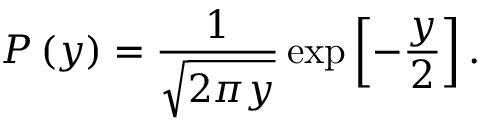
P \left( y \right) = \frac { 1 } { \sqrt { 2 \pi y } } \exp \left[ - \frac { y } { 2 } \right] .